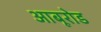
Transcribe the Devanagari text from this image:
आबूरोड